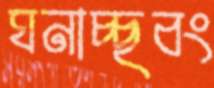
ঘনাচ্ছবং